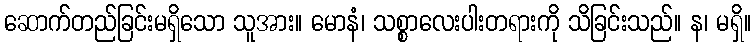
ဆောက်တည်ခြင်းမရှိသော သူအား။ မောနံ၊ သစ္စာလေးပါးတရားကို သိခြင်းသည်။ န၊ မရှိ။